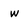
Character: w